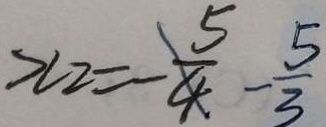
x _ { 2 } = - \frac { 5 } { 4 } - \frac { 5 } { 3 }